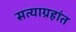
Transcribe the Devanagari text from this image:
सत्याग्रहांत